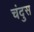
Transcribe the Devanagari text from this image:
चंदुस